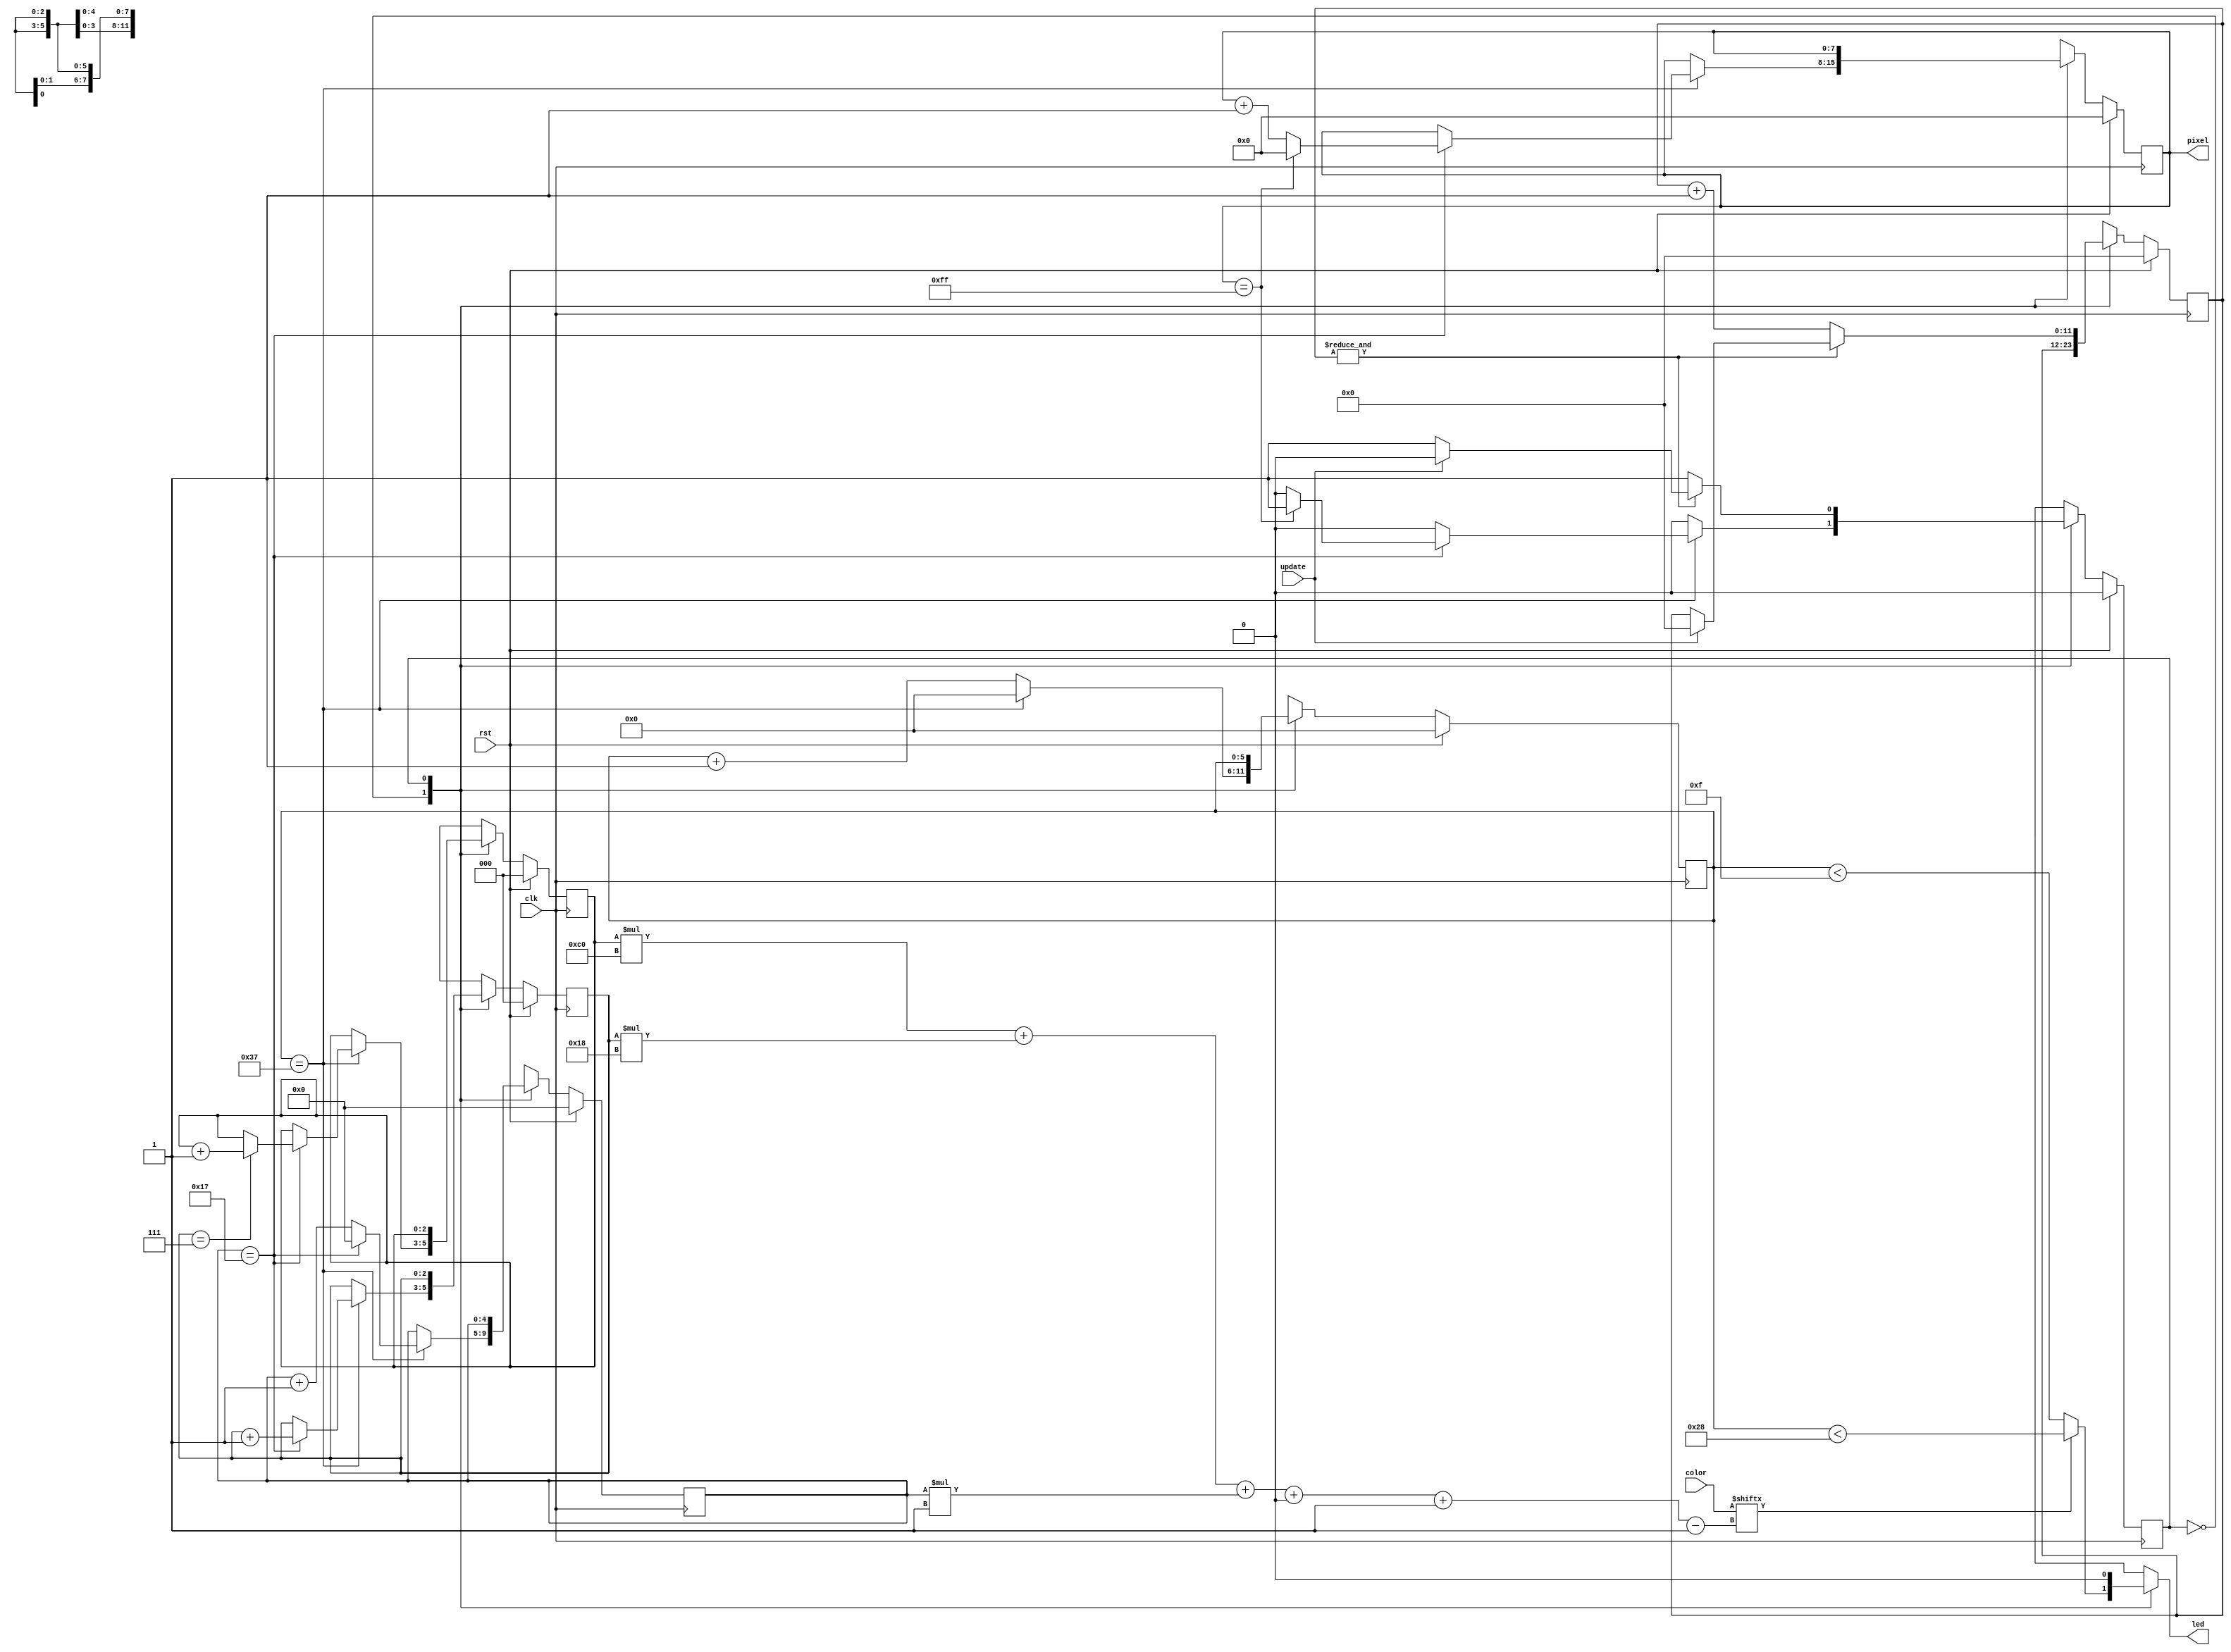
/*
   This file was generated automatically by the Mojo IDE version B1.3.6.
   Do not edit this file directly. Instead edit the original Lucid source.
   This is a temporary file and any changes made to it will be destroyed.
*/

/*
   Parameters:
     PIXEL_COUNT = 256
*/
module ws2812b_9 (
    input clk,
    input rst,
    input [1535:0] color,
    output reg [7:0] pixel,
    output reg led,
    input update
  );
  
  localparam PIXEL_COUNT = 9'h100;
  
  
  localparam SEND_PIXEL_state = 1'd0;
  localparam RESET_state = 1'd1;
  
  reg M_state_d, M_state_q = SEND_PIXEL_state;
  reg [7:0] M_pixel_ctr_d, M_pixel_ctr_q = 1'h0;
  reg [4:0] M_bit_ctr_d, M_bit_ctr_q = 1'h0;
  reg [5:0] M_ctr_d, M_ctr_q = 1'h0;
  reg [11:0] M_rst_ctr_d, M_rst_ctr_q = 1'h0;
  reg [2:0] M_row_d, M_row_q = 1'h0;
  reg [2:0] M_col_d, M_col_q = 1'h0;
  
  reg [23:0] bits;
  
  always @* begin
    M_state_d = M_state_q;
    M_col_d = M_col_q;
    M_pixel_ctr_d = M_pixel_ctr_q;
    M_rst_ctr_d = M_rst_ctr_q;
    M_bit_ctr_d = M_bit_ctr_q;
    M_row_d = M_row_q;
    M_ctr_d = M_ctr_q;
    
    led = 1'h0;
    pixel = M_pixel_ctr_q;
    
    case (M_state_q)
      SEND_PIXEL_state: begin
        if (color[(M_row_q)*192+(M_col_q)*24+(M_bit_ctr_q)*1+0-:1]) begin
          led = M_ctr_q < 6'h28;
        end else begin
          led = M_ctr_q < 4'hf;
        end
        M_ctr_d = M_ctr_q + 1'h1;
        if (M_ctr_q == 6'h37) begin
          M_ctr_d = 1'h0;
          M_bit_ctr_d = M_bit_ctr_q + 1'h1;
          if (M_bit_ctr_q == 5'h17) begin
            M_bit_ctr_d = 1'h0;
            M_pixel_ctr_d = M_pixel_ctr_q + 1'h1;
            if (M_col_q == 3'h7) begin
              M_row_d = M_row_q + 1'h1;
            end
            M_col_d = M_col_q + 1'h1;
            if (M_pixel_ctr_q == 10'h0ff) begin
              M_pixel_ctr_d = 1'h0;
              M_state_d = RESET_state;
            end
          end
        end
      end
      RESET_state: begin
        if ((&M_rst_ctr_q)) begin
          if (update) begin
            M_rst_ctr_d = 1'h0;
            M_state_d = SEND_PIXEL_state;
          end
        end else begin
          M_rst_ctr_d = M_rst_ctr_q + 1'h1;
        end
      end
    endcase
  end
  
  always @(posedge clk) begin
    if (rst == 1'b1) begin
      M_pixel_ctr_q <= 1'h0;
      M_bit_ctr_q <= 1'h0;
      M_ctr_q <= 1'h0;
      M_rst_ctr_q <= 1'h0;
      M_row_q <= 1'h0;
      M_col_q <= 1'h0;
      M_state_q <= 1'h0;
    end else begin
      M_pixel_ctr_q <= M_pixel_ctr_d;
      M_bit_ctr_q <= M_bit_ctr_d;
      M_ctr_q <= M_ctr_d;
      M_rst_ctr_q <= M_rst_ctr_d;
      M_row_q <= M_row_d;
      M_col_q <= M_col_d;
      M_state_q <= M_state_d;
    end
  end
  
endmodule